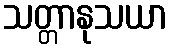
သတ္တာနုသယာ